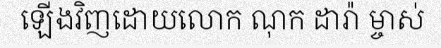
ឡើងវិញដោយលោក ណុក ដារ៉ា ម្ចាស់